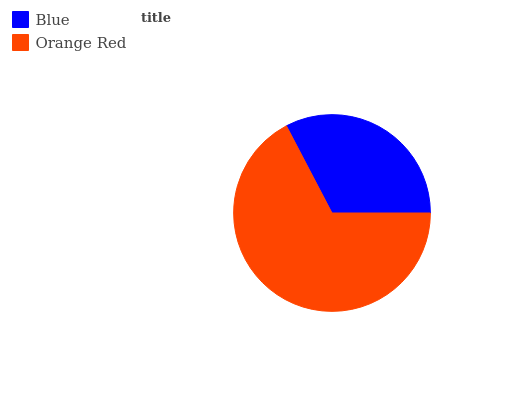
| Blue | Orange Red |
 | --- | --- |
 | 32.6% | 67.4% |